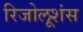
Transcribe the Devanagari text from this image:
रिजोलूशंस